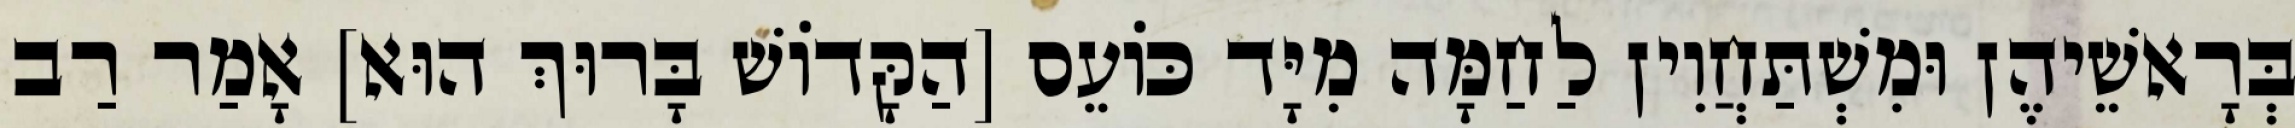
בְּרָאשֵׁיהֶן וּמִשְׁתַּחֲוִין לַחַמָּה מִיָּד כּוֹעֵס [הַקָּדוֹשׁ בָּרוּךְ הוּא] אָמַר רַב